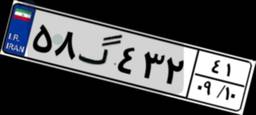
۵۸گ۴۳۲۴۱